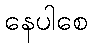
နေပါစေ